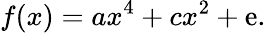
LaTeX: f(x)=ax^{4}+cx^{2}+\mathrm{e}.